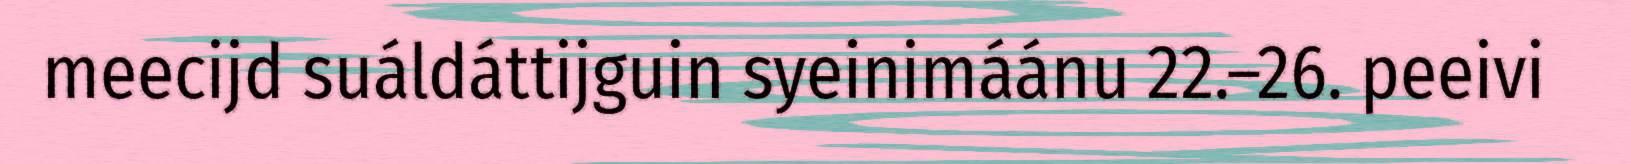
meecijd suáldáttijguin syeinimáánu 22.–26. peeivi